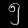
Digit: ၅